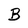
Character: B